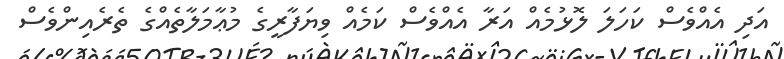
އަދި އެއްވެސް ކަހަލަ ލޮޅުމެއް އަރާ އެއްވެސް ކަމެއް ވިޔަފާރީގެ މުޢާމަލާތެއްގެ ތެރެއިންވެސް